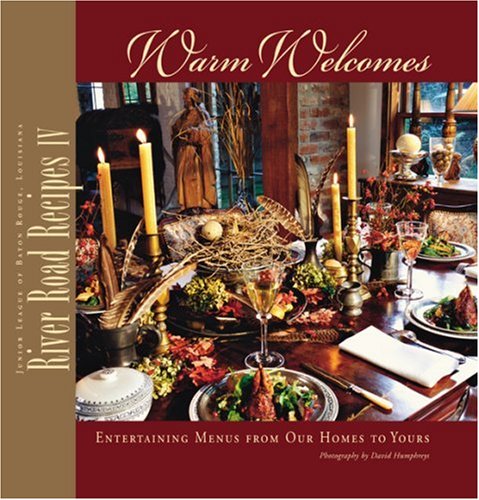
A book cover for River Road Recipes IV: Warm Welcomes; Junior League of Baton Rouge Inc.; Cookbooks, Food & Wine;